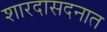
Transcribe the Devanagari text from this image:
शारदासदनात